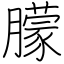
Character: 朦